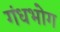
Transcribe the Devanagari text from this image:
गंधभोग